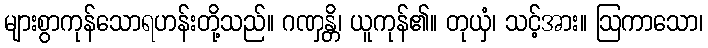
များစွာကုန်သောရဟန်းတို့သည်။ ဂဏှန္တိ၊ ယူကုန်၏။ တုယှံ၊ သင့်အား။ ဩကာသော၊